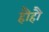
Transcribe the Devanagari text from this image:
हौहौ